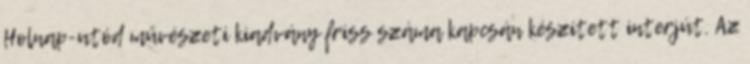
Holnap-utód művészeti kiadvány friss száma kapcsán készített interjút. Az